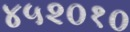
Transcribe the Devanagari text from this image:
४५२०१०